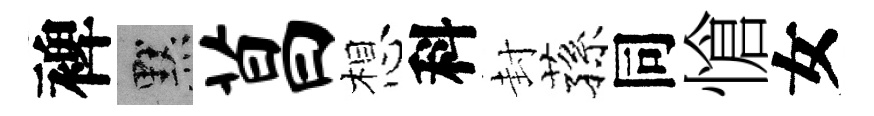
裨默菖想科封蓀同愴女